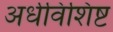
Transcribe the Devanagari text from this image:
अर्धविशिष्ट